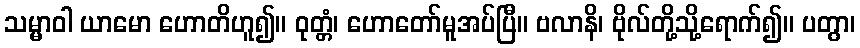
သမ္မာဝါ ယာမော ဟောတိဟူ၍။ ဝုတ္တံ၊ ဟောတော်မူအပ်ပြီ။ ဗလာနိ၊ ဗိုလ်တို့သို့ရောက်၍။ ပတွာ၊